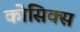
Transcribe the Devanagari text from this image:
कोसिक्स